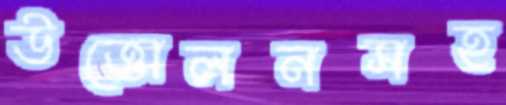
উত্তোলনসহ